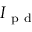
I _ { \mathrm { ~ p ~ d ~ } }